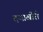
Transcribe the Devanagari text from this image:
दऱ्याखोरी